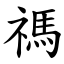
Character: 禡